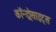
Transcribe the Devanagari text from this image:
कॉन्ड्रोसाइट्स